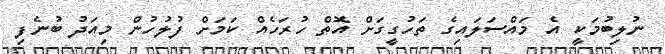
ނުލިބުމަކީ އެ މައްސަލައިގެ ތަހުގީގަށް އޮތް ހުރަހެއް ކަމަށް ފުލުހުން މިއަދު ބުނެފި